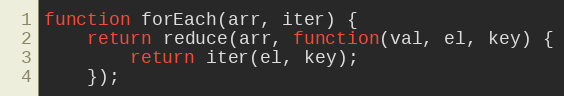
Language: JavaScript
function forEach(arr, iter) {
    return reduce(arr, function(val, el, key) {
        return iter(el, key);
    });